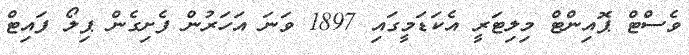
ވެސްޓް ޕޮއިންޓް މިލިޓަރީ އެކަޑަމީގައި 1897 ވަނަ އަހަރުން ފެށިގެން ޕިލޯ ފައިޓް